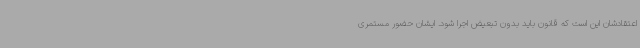
اعتقادشان این است که قانون باید بدون تبعیض اجرا شود. ایشان حضور مستمری